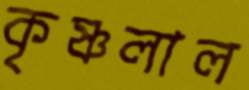
কৃষ্ণলাল